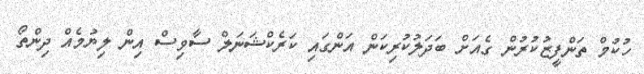
ހުކުމް ތަންފީޒުކުރުން ގެއަށް ބަދަލުކުރިކަން އަންގައި ކަރެކްޝަނަލް ސާވިސް އިން ލިޔުމެއް ދިންތޯ